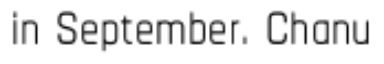
in September. Chanu